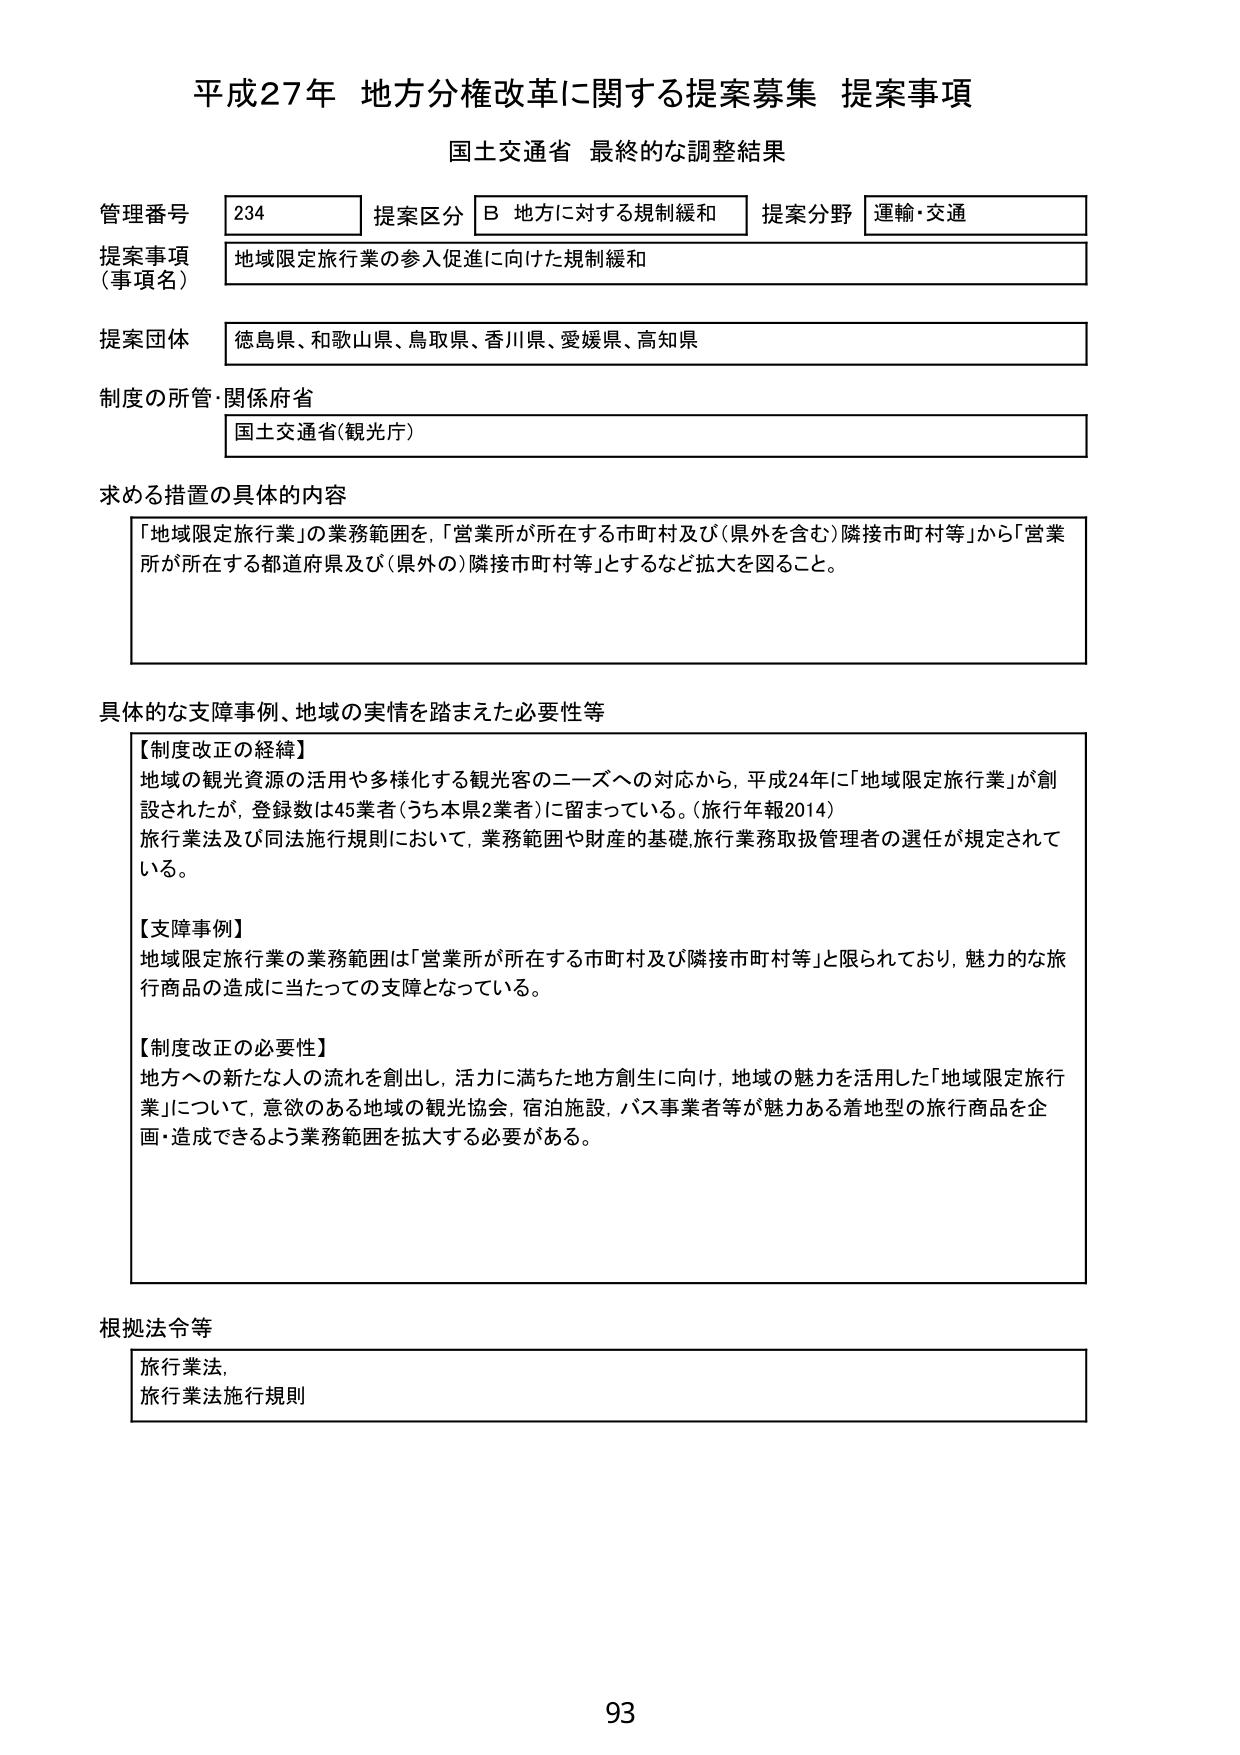
平成27年 地方分権改革に関する提案募集 提案事項
国土交通省 最終的な調整結果

管理番号 234 提案区分 B 地方に対する規制緩和 提案分野 運輸・交通
提案事項（事項名） 地域限定旅行業の参入促進に向けた規制緩和
提案団体 徳島県、和歌山県、鳥取県、香川県、愛媛県、高知県
制度の所管・関係府省 国土交通省（観光庁）

求める措置の具体的内容
「地域限定旅行業」の業務範囲を、「営業所が所在する市町村及び（県外を含む）隣接市町村等」から「営業所が所在する都道府県及び（県外の）隣接市町村等」とするなど拡大を図ること。

具体的な支障事例、地域の実情を踏まえた必要性等
【制度改正の経緯】
地域の観光資源の活用や多様化する観光客のニーズへの対応から、平成24年に「地域限定旅行業」が創設されたが、登録数は45業者（うち本県2業者）に留まっている。（旅行年報2014）
旅行業法及び同法施行規則において、業務範囲や財産の基礎・旅行業務取扱管理者の選任が規定されている。

【支障事例】
地域限定旅行業の業務範囲は「営業所が所在する市町村及び隣接市町村等」と限られており、魅力的な旅行商品の造成に当たっての支障となっている。

【制度改正の必要性】
地方への新たな人の流れを創出し、活力に満ちた地方創生に向け、地域の魅力を活用した「地域限定旅行業」について、意欲のある地域の観光協会、宿泊施設、バス事業者等が魅力ある着地型の旅行商品を企画・造成できるよう業務範囲を拡大する必要がある。

根拠法令等
旅行業法、
旅行業法施行規則

93